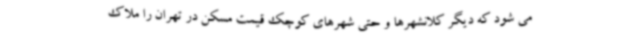
می شود که دیگر کلانشهرها و حتی شهرهای کوچک قیمت مسکن در تهران را ملاک